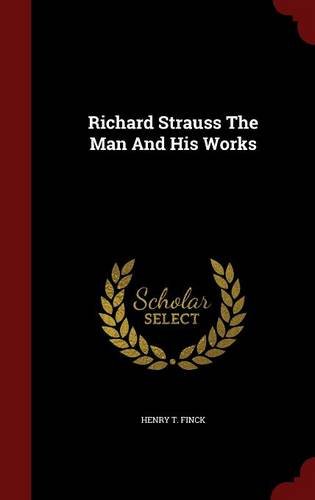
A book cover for Richard Strauss The Man And His Works; Henry T. Finck; Arts & Photography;